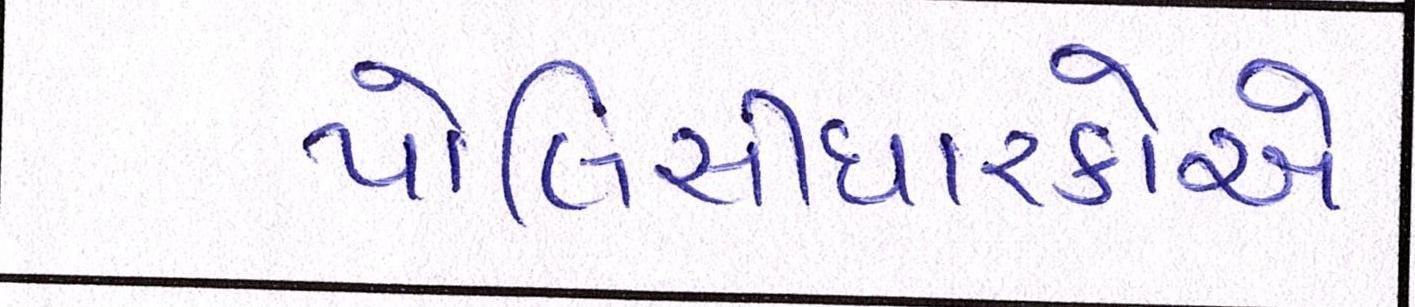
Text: પોલિસીધારકોએ